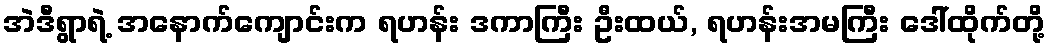
အဲဒီရွာရဲ့ အနောက်ကျောင်းက ရဟန်း ဒကာကြီး ဦးထယ်, ရဟန်းအမကြီး ဒေါ်ထိုက်တို့